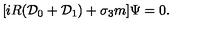
[ i R ( { \cal D } _ { 0 } + { \cal D } _ { 1 } ) + \sigma _ { 3 } m ] \Psi = 0 .